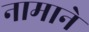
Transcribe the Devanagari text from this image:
नामाने